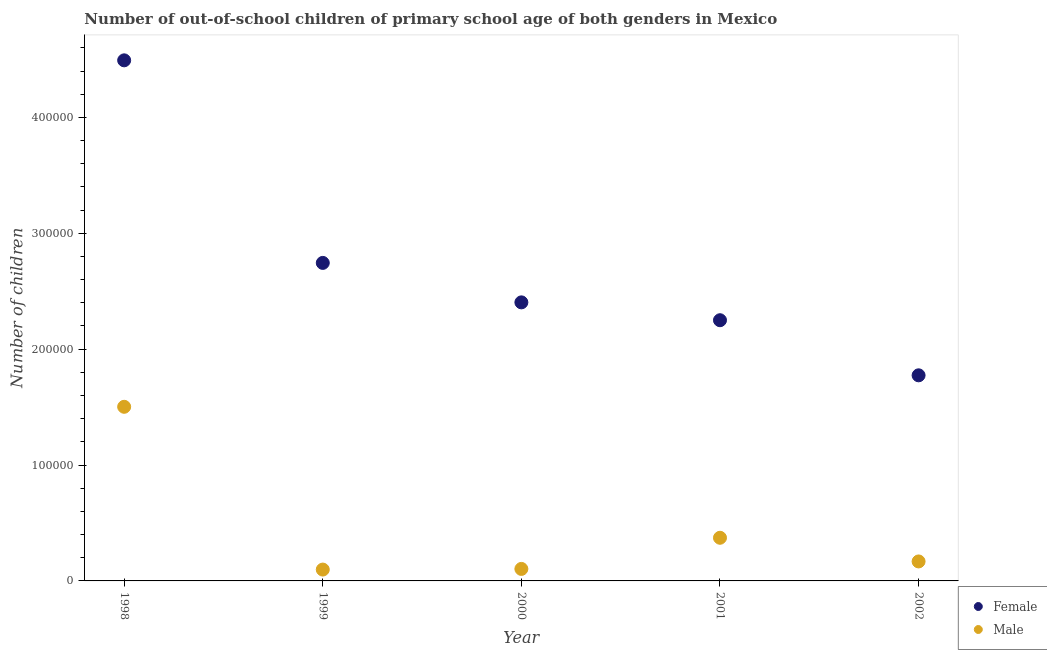
| Year | Female | Male |
 | --- | --- | --- |
 | 1998 | 4.49e+05 | 1.5e+05 |
 | 1999 | 2.74e+05 | 9.79e+03 |
 | 2000 | 2.4e+05 | 1.04e+04 |
 | 2001 | 2.25e+05 | 3.72e+04 |
 | 2002 | 1.77e+05 | 1.68e+04 |